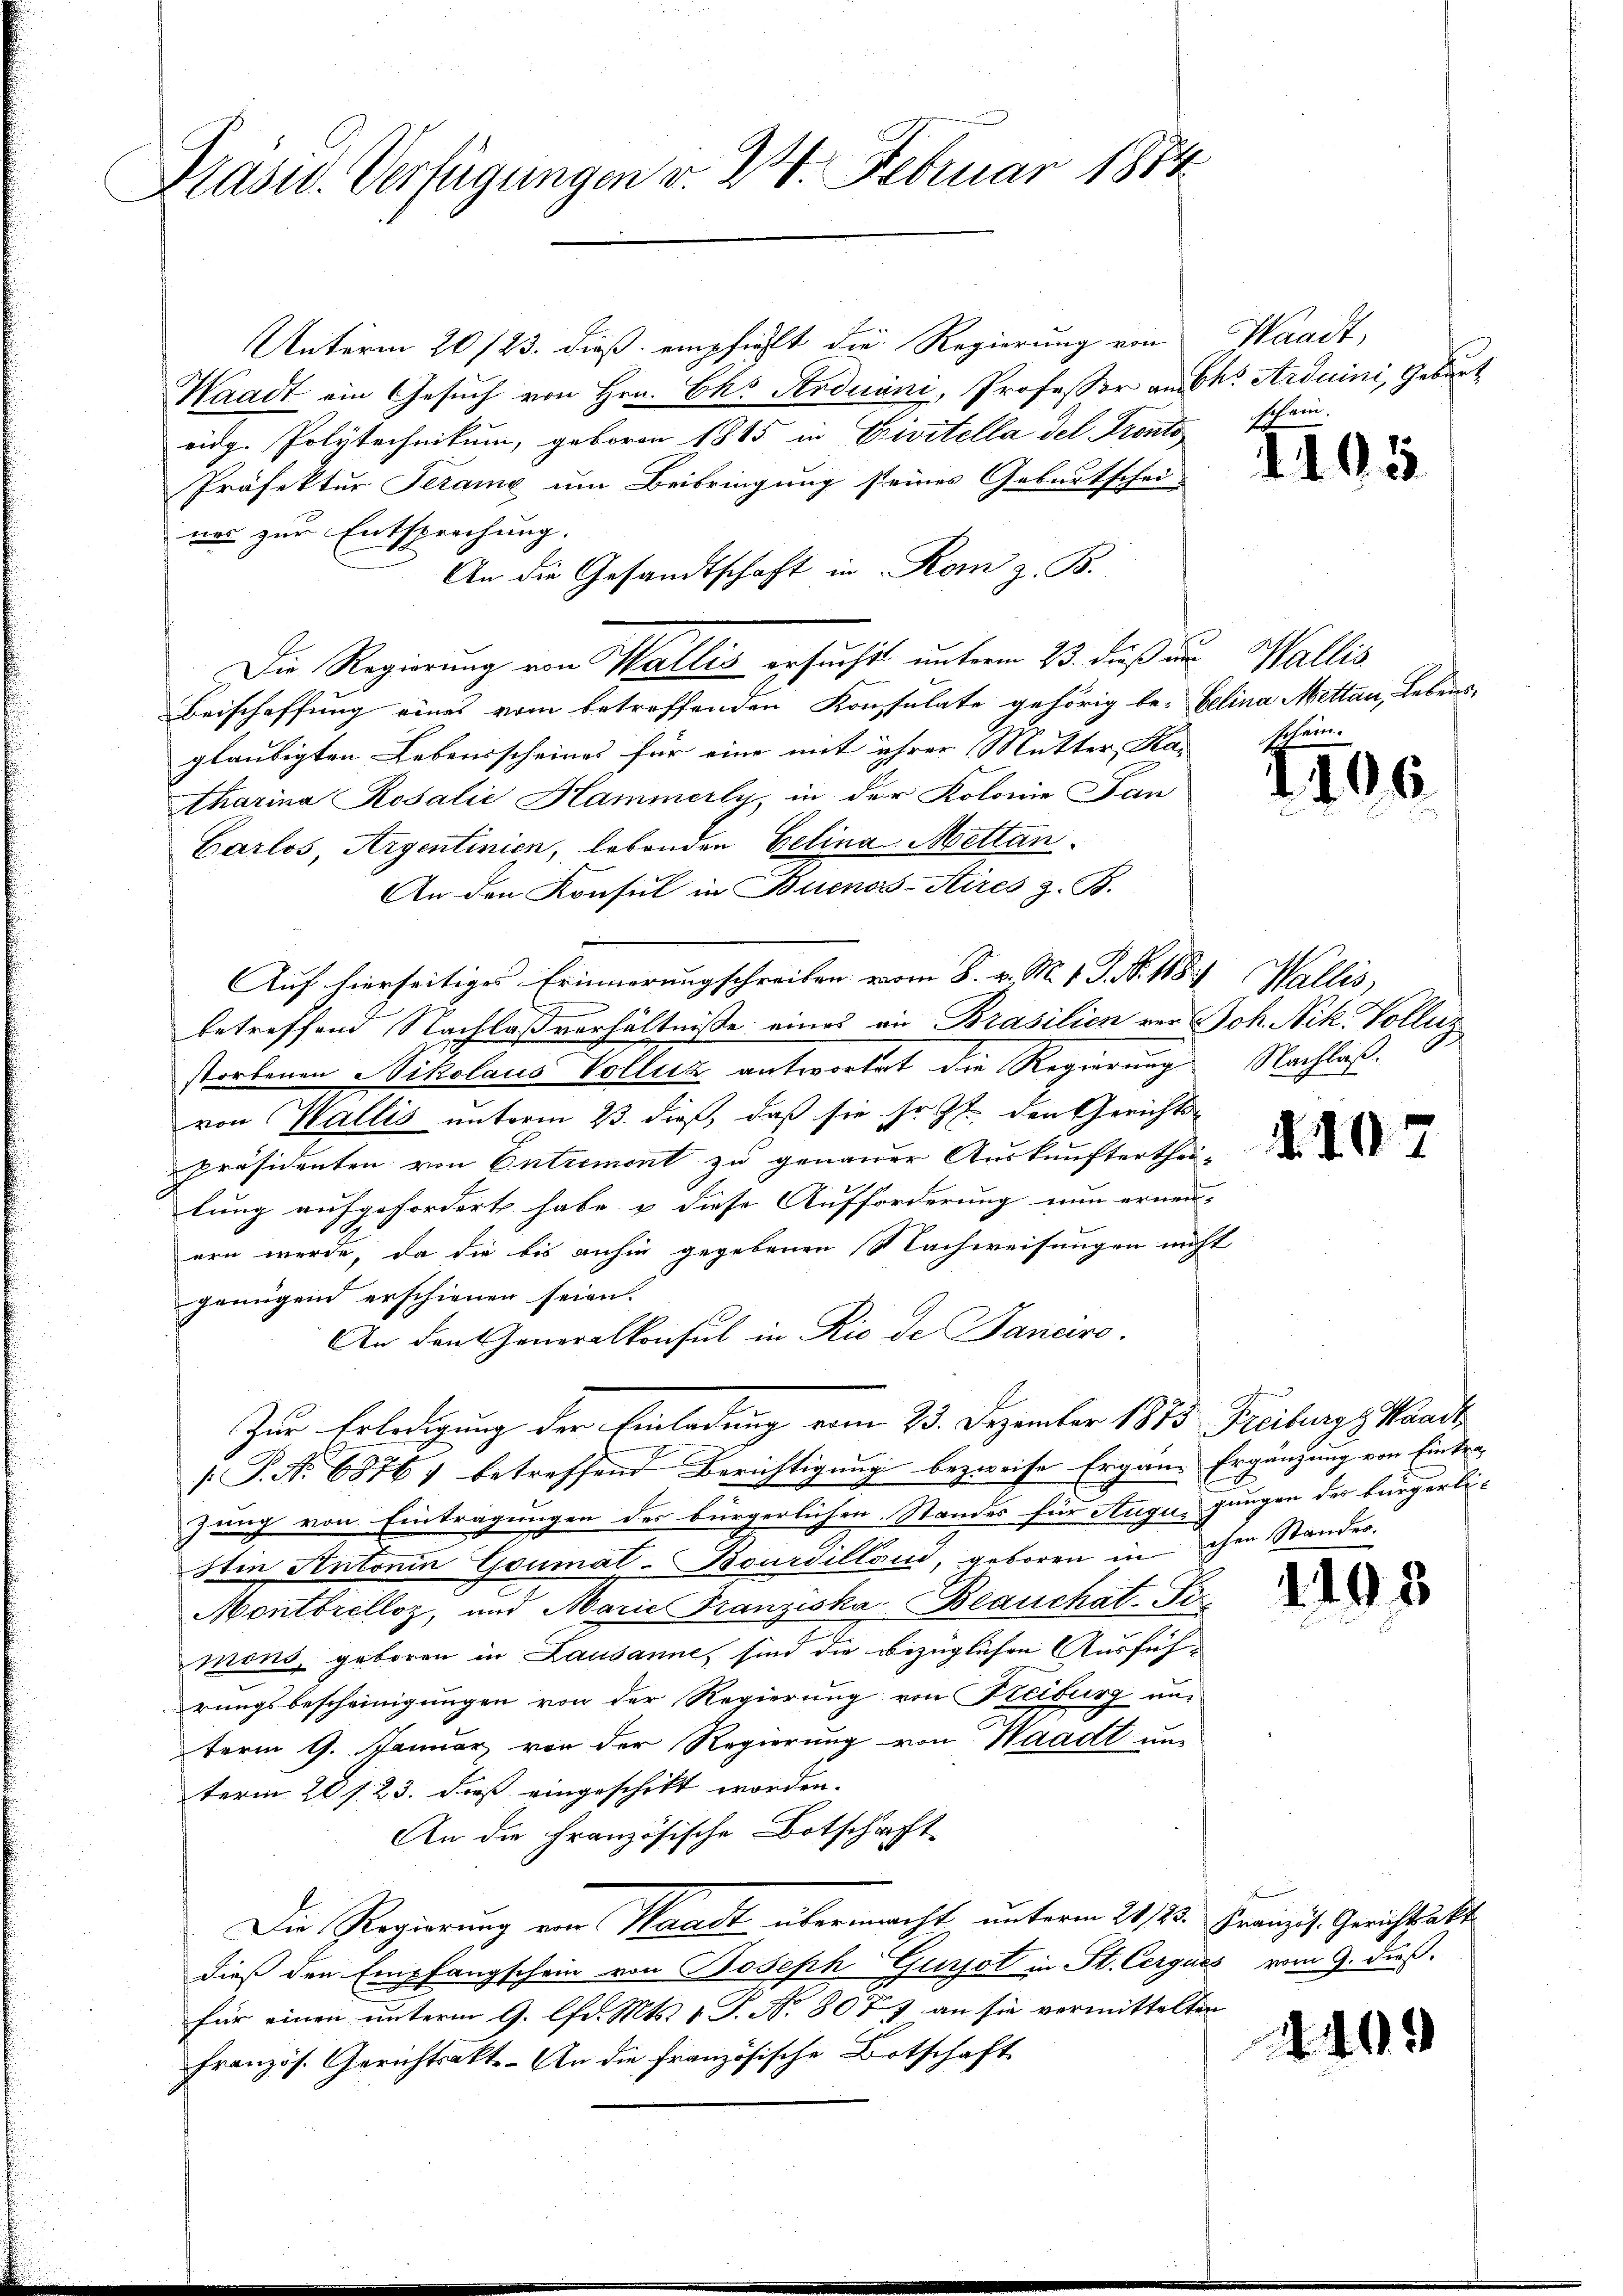
Präsid. Verfügungen v. 24. Februar 1884

Unterm 20./23. dieß empfiehlt die Regierung von Waadt,
Waadt ein Gesuch von Hrn. Cks Arduuni, Professor an des Arduini, Geburt
eidg. Polytechnikum, geboren 1865 in Civitella del Fronto
Präfektur Serame um Beibringung seines Geburtschei-
nes zur Entsprechung.
An die Gesandtschaft in Rom z. B.
Die Regierung von Wallis ersuchet unterm 23. daß um Wallis
Beischaffung eines vom betreffenden Konsulate gehörig be- Gelina Mettan, Lebensgläubigten Lebensscheines für eine mit ihrer Mutter, Ha-
tharina Rosalić Hammerly, in der Kolonie Pan
Garlos, Argentinien, lebenden Gelina Mettan¬
An den Konsul in Buenos-Kires z. B.
Auf hierseitiges Erinnerungschreiben vom 8. v. M. 1. P. Nr. 188. Wallis,
betreffend Nachlaßverhältniße eines an Brasilien vor Joh. Nik. Volleg
storbenen Nikolaus Volluz antwortet die Regierung
von Wallis unterm 23. dieß, daß sie sr. Zt. den Gerichts-
Präsidenten von Entrement zu genauer Auskunftertheilung aufgefordert habe & diese Aufforderung nun erneu-
ern werde, da die bis anhin gegebenen Nachweisungen nicht
genügend erschienen seien.
An den Generalkonsul in Rio de Janaro.
Zur Erledigung der Einladung vom 23. Dezember 1875 Freiburg, Waadt
/. P. Nr. 6876) betreffend Berichtigung bezweife Ergän- Ergänzung von Eintra-
zung von Eintragungen des bürgerlichen Standes für Augus gangen der bürgerlisten Antonen Goumat-Bourdillon, geboren in chen Stander.
Montbrelloz, und Marie Franziska Brauchat. Fi
mons, geboren in Lausanne, sind die bezüglichen Ausführungsbescheinigungen von der Regierung von Freiburg un-
term 9. Januar von der Regierung von Waadt un
term 28 s. 23. dieß eingeschikt worden.
An die Französische Botschaft
Die Regierung von Waadt übermacht unterm 21./23. Franzis. Gerichtsakte
dieß den Empfangschein von Joseph Gurjot in St. Cerques vom 9. dieß.
für einen unterm 9. lfd. Mts. 1 P. No 8077 an sie vermittelten
Französ. Gerichtsakt. An die Französische Botschaft

schein.

Aids

schein.

06

Nachlaß.

.107

145

409